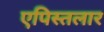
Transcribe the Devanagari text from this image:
एपिस्तलार